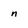
Character: n